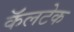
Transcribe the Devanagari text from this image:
कॅलटेक